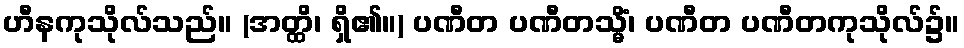
ဟီနကုသိုလ်သည်။ (အတ္ထိ၊ ရှိ၏။) ပဏီတ ပဏီတသ္မိံ၊ ပဏီတ ပဏီတကုသိုလ်၌။